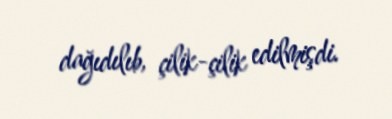
dağıdılıb, çilik-çilik edilmişdi.